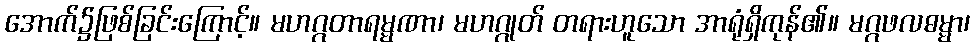
အောက်၌ဖြစ်ခြင်းကြောင့်။ မဟဂ္ဂတာရမ္မဏာ၊ မဟဂ္ဂုတ် တရားဟူသော အာရုံရှိကုန်၏။ မဂ္ဂဖလဓမ္မာ၊